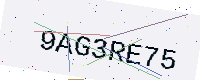
Text: 9AG3RE75